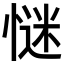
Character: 𢞞